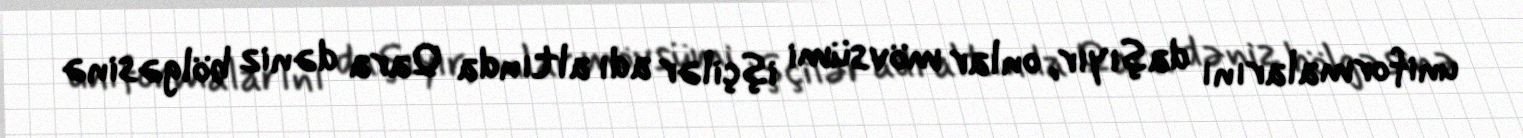
uniformalarını daşıyır, onlar mövsümi işçilər adı altında Qara dəniz bölgəsinə